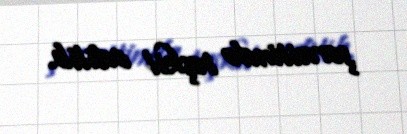
şəraitində təşkil edilib.